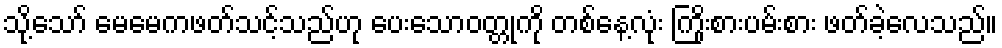
သို့သော် မေမေကဖတ်သင့်သည်ဟု ပေးသောဝတ္တုကို တစ်နေ့လုံး ကြိုးစားပမ်းစား ဖတ်ခဲ့လေသည်။